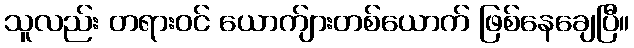
သူလည်း တရားဝင် ယောက်ျားတစ်ယောက် ဖြစ်နေချေပြီ။